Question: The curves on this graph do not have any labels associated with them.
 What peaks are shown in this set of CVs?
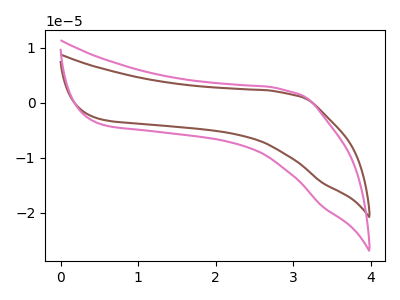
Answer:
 <answer>The brown curve "brown" has no peaks. The pink curve "pink" has no peaks.</answer>
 <eval></eval>